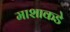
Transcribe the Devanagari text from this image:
माशाकडे